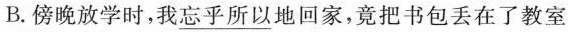
B.傍晚放学时，我\underline{忘乎所以} 地回家，竟把书包丢在了教室